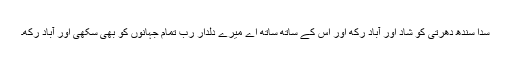
سدا سندھ دھرتی کو شاد اور آباد رکھ اور اس کے ساتھ ساتھ اے میرے دلدار ربّ تمام جہانوں کو بھی سُکھی اور آباد رکھ۔